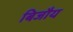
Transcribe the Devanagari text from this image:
बिजौय